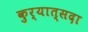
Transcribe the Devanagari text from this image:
कुर्यात्सदा